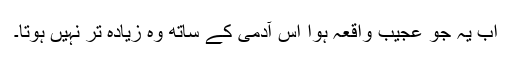
اب یہ جو عجیب واقعہ ہوا اس آدمی کے ساتھ وہ زیادہ تر نہیں ہوتا۔